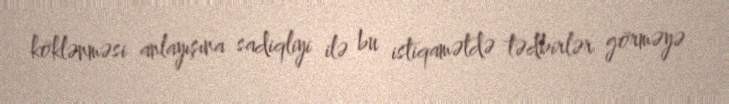
köklənməsi anlayışına sadiqliyi ilə bu istiqamətdə tədbirlər görməyə